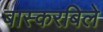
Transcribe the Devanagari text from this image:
बास्करबिले